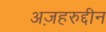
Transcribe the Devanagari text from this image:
अज़हरुद्दीन